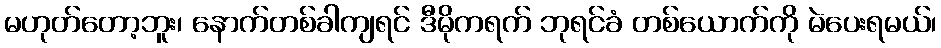
မဟုတ်တော့ဘူး၊ နောက်တစ်ခါကျရင် ဒီမိုကရက် ဘုရင်ခံ တစ်ယောက်ကို မဲပေးရမယ်၊